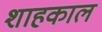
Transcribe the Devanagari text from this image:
शाहकाल